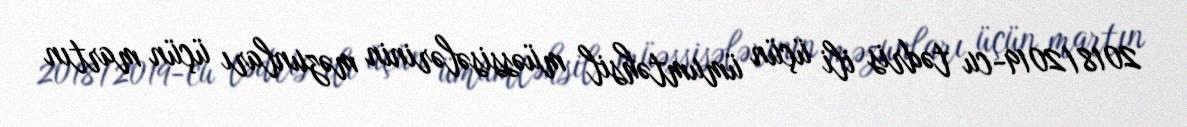
2018/2019-cu tədris ili üçün ümumtəhsil müəssisələrinin məzunları üçün martın